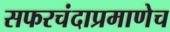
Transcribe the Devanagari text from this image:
सफरचंदाप्रमाणेच